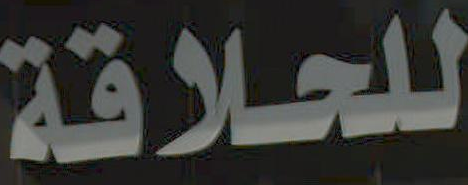
للحلاقة